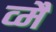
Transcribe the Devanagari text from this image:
व्मैं